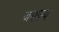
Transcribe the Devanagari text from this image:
जमास्प